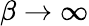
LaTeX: \beta\rightarrow\infty